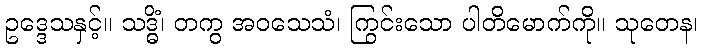
ဥဒ္ဒေသနှင့်။ သဒ္ဓိံ၊ တကွ အဝသေသံ၊ ကြွင်းသော ပါတိမောက်ကို။ သုတေန၊